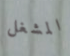
المشغل